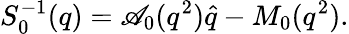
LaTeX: S_{0}^{-1}(q)=\mathscr{A}_{0}(q^{2})\hat{{q}}-M_{0}(q^{2}).